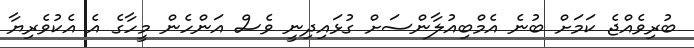
ބުރިވެއްޖެ ކަމަށް ބުނެ އެމްބިއުލާންސަށް ގުޅައިދިނީ ވެސް އަންހެން މީހާގެ އެ އެކުވެރިޔާ